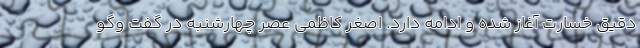
دقیق خسارت آغاز شده و ادامه دارد. اصغر کاظمی عصر چهارشنبه در گفت وگو